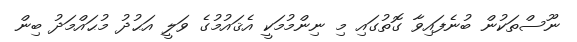
ނޫސްތަކުން ބުނެފައިވާ ގޮތުގައި މި ނިންމުމަކީ އެޤައުމުގެ ވަލީ އަޙުދު މުޙައްމަދު ބިން